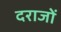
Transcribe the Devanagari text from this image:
दराजों